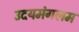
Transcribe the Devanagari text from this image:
उदयमंगलम